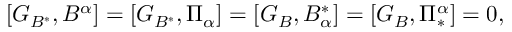
[ G _ { B ^ { \ast } } , B ^ { \alpha } ] = [ G _ { B ^ { \ast } } , \Pi _ { \alpha } ] = [ G _ { B } , B _ { \alpha } ^ { \ast } ] = [ G _ { B } , \Pi _ { \ast } ^ { \alpha } ] = 0 ,